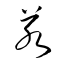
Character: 若